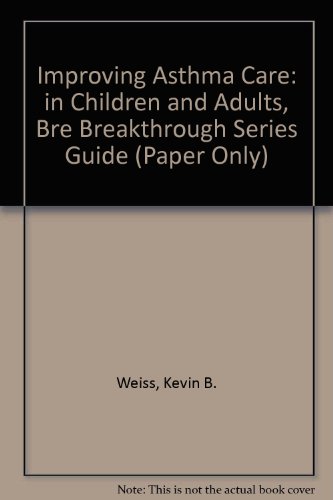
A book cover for Improving Asthma Care in Children and Adults; Weiss; Health, Fitness & Dieting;